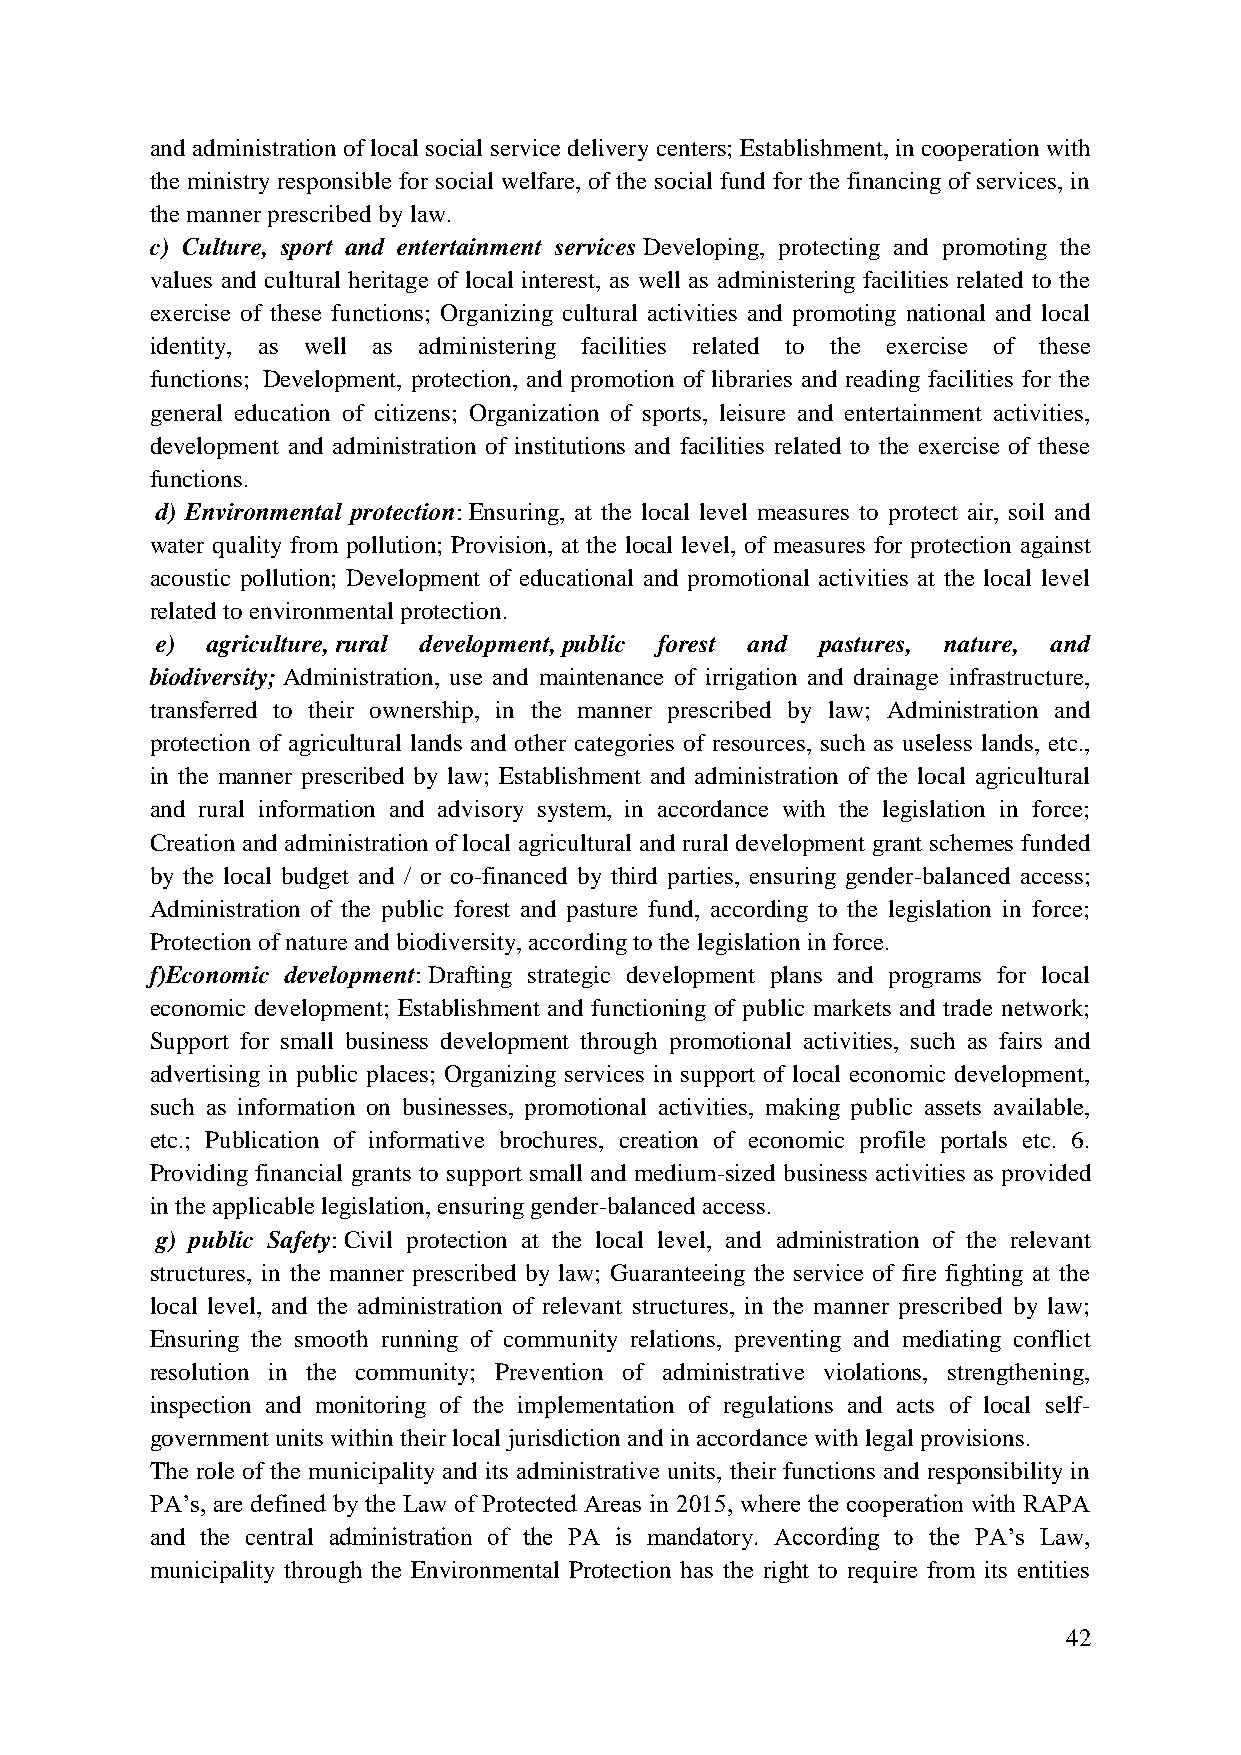
and administration of local social service delivery centers; Establishment, in cooperation with
 the ministry responsible for social welfare, of the social fund for the financing of services, in
 the manner prescribed by law.
 c) Culture, sport and entertainment services Developing, protecting and promoting the
 values and cultural heritage of local interest, as well as administering facilities related to the
 exercise of these functions; Organizing cultural activities and promoting national and local
 identity, as well as administering facilities related to the exercise of these
 functions; Development, protection, and promotion of libraries and reading facilities for the
 general education of citizens; Organization of sports, leisure and entertainment activities,
 development and administration of institutions and facilities related to the exercise of these
 functions.
 d) Environmental protection: Ensuring, at the local level measures to protect air, soil and
 water quality from pollution; Provision, at the local level, of measures for protection against
 acoustic pollution; Development of educational and promotional activities at the local level
 related to environmental protection.
 e)  agriculture, rural development, public forest and pastures, nature, and
 biodiversity; Administration, use and maintenance of irrigation and drainage infrastructure,
 transferred to their ownership, in the manner prescribed by law; Administration and
 protection of agricultural lands and other categories of resources, such as useless lands, etc.,
 in the manner prescribed by law; Establishment and administration of the local agricultural
 and rural information and advisory system, in accordance with the legislation in force;
 Creation and administration of local agricultural and rural development grant schemes funded
 by the local budget and / or co-financed by third parties, ensuring gender-balanced access;
 Administration of the public forest and pasture fund, according to the legislation in force;
 Protection of nature and biodiversity, according to the legislation in force.
 f)Economic development: Drafting strategic development plans and programs for local
 economic development; Establishment and functioning of public markets and trade network;
 Support for small business development through promotional activities, such as fairs and
 advertising in public places; Organizing services in support of local economic development,
 such as information on businesses, promotional activities, making public assets available,
 etc.; Publication of informative brochures, creation of economic profile portals etc. 6.
 Providing financial grants to support small and medium-sized business activities as provided
 in the applicable legislation, ensuring gender-balanced access.
 g) public Safety: Civil protection at the local level, and administration of the relevant
 structures, in the manner prescribed by law; Guaranteeing the service of fire fighting at the
 local level, and the administration of relevant structures, in the manner prescribed by law;
 Ensuring the smooth running of community relations, preventing and mediating conflict
 resolution in the community; Prevention of administrative violations, strengthening,
 inspection and monitoring of the implementation of regulations and acts of local self-
 government units within their local jurisdiction and in accordance with legal provisions.
 The role of the municipality and its administrative units, their functions and responsibility in
 PA‟s, are defined by the Law of Protected Areas in 2015, where the cooperation with RAPA
 and the central administration of the PA is mandatory. According to the PA‟s Law,
 municipality through the Environmental Protection has the right to require from its entities
 42